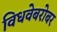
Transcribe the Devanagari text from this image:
विधवेबरोबर